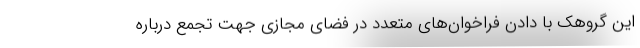
این گروهک با دادن فراخوان‌های متعدد در فضای مجازی جهت تجمع درباره